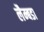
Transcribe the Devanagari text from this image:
लैम्बडा